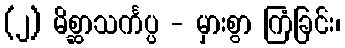
(၂) မိစ္ဆာသင်္ကပ္ပ - မှားစွာ ကြံခြင်း၊